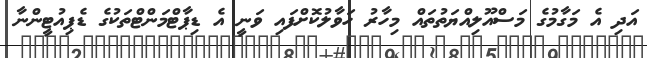
އަދި އެ މަގާމުގެ މަސްއޫލިއްޔަތުތައް މިހާރު ހަވާލުކޮށްފައި ވަނީ އެ ޑިޕާޓްމަންޓްތަކުގެ ޑެޕިއުޓީންނާ